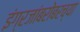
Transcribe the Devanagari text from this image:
इंग्रजांबरोबरच्या